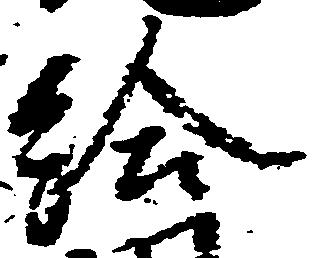
給